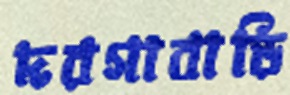
দরগাবাড়ি